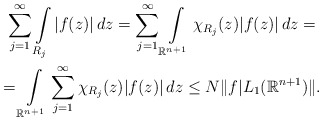
\begin{gather*}\sum\limits_{j=1}^{\infty}\int\limits_{R_{j}}|f(z)|\,dz=\sum\limits_{j=1}^{\infty}\int\limits_{\mathbb{R}^{n+1}}\chi_{R_{j}}(z)|f(z)|\,dz=\\=\int\limits_{\mathbb{R}^{n+1}}\sum\limits_{j=1}^{\infty}\chi_{R_{j}}(z)|f(z)|\,dz \le N \|f|L_{1}(\mathbb{R}^{n+1})\|.\end{gather*}